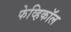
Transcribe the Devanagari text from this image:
फेव्हिकॉल